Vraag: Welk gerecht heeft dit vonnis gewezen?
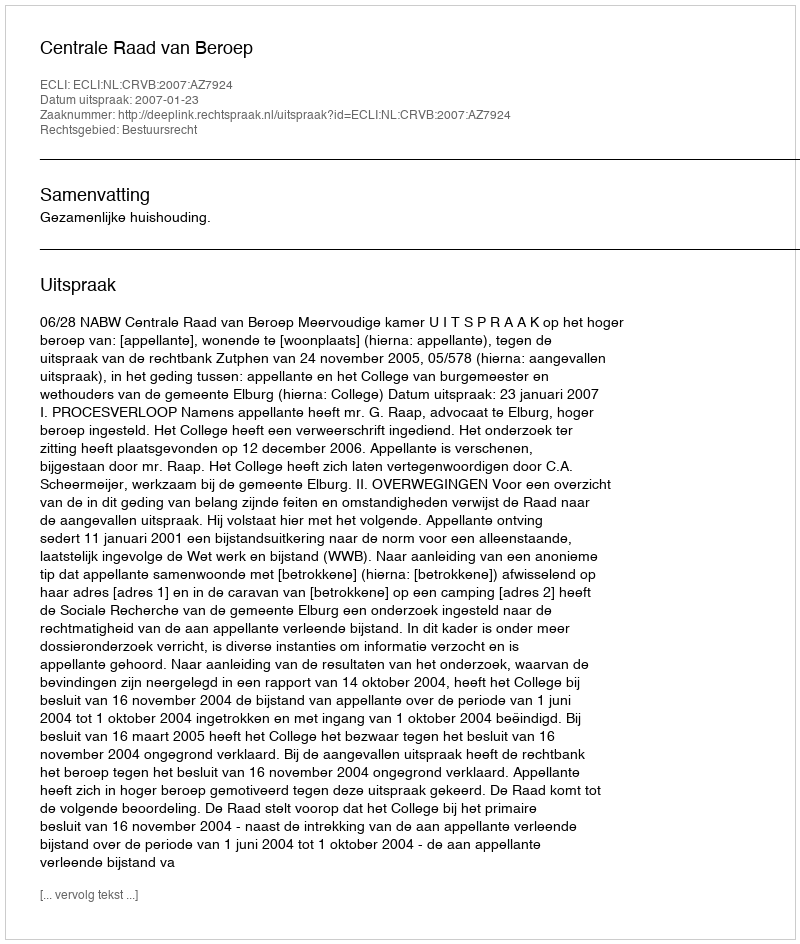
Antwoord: Centrale Raad van Beroep